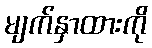
မျက်နှာထားကို